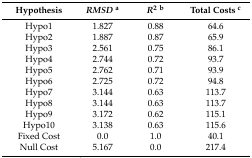
<table><thead><tr><td><b>Hypothesis</b></td><td><b><i>RMSD</i><sup>a</sup></b></td><td><b><i>R</i><sup>2</sup><sup>b</sup></b></td><td><b>Total Costs <sup>c</sup></b></td></tr></thead><tbody><tr><td>Hypo1</td><td>1.827</td><td>0.88</td><td>64.6</td></tr><tr><td>Hypo2</td><td>1.887</td><td>0.87</td><td>65.9</td></tr><tr><td>Hypo3</td><td>2.561</td><td>0.75</td><td>86.1</td></tr><tr><td>Hypo4</td><td>2.744</td><td>0.72</td><td>93.7</td></tr><tr><td>Hypo5</td><td>2.762</td><td>0.71</td><td>93.9</td></tr><tr><td>Hypo6</td><td>2.725</td><td>0.72</td><td>94.8</td></tr><tr><td>Hypo7</td><td>3.144</td><td>0.63</td><td>113.7</td></tr><tr><td>Hypo8</td><td>3.144</td><td>0.63</td><td>113.7</td></tr><tr><td>Hypo9</td><td>3.172</td><td>0.62</td><td>115.1</td></tr><tr><td>Hypo10</td><td>3.138</td><td>0.63</td><td>115.6</td></tr><tr><td>Fixed Cost</td><td>0.0</td><td>1.0</td><td>40.1</td></tr><tr><td>Null Cost</td><td>5.167</td><td>0.0</td><td>217.4</td></tr></tbody></table>